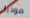
موديل